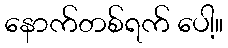
နောက်တစ်ရက် ပေါ့။